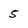
Character: 5